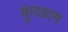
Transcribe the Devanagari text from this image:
कुंदग्राम